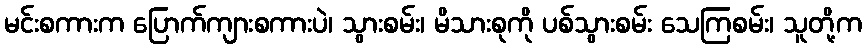
မင်းစကားက ပြောက်ကျားစကားပဲ၊ သွားစမ်း၊ မိသားစုကို ပစ်သွားစမ်း သေကြစမ်း၊ သူတို့က